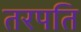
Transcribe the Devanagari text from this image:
तरपति